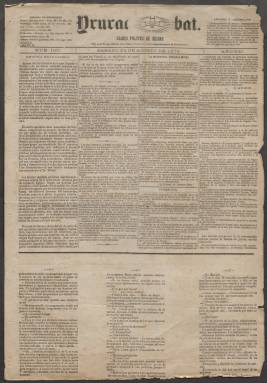
Título: Irurac bat
Otros títulos: Irurac-bat
Colección: Periódicos
Ámbito geográfico: Vizcaya
Lugar de publicación: Bilbao
Fechas: 24/08/1872-30/04/1885